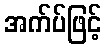
အက်ပ်ဖြင့်